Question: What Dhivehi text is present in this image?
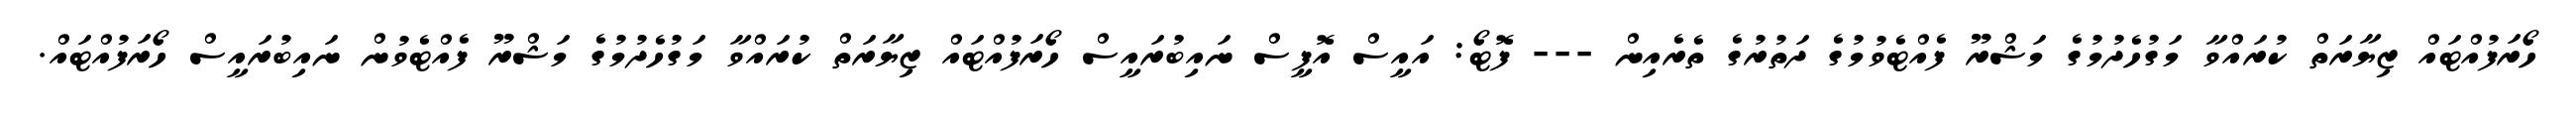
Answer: ހޯރަފުއްޓައް ޒިޔާރަތް ކުރައްވާ މަގުހެދުމުގެ މަޝްރޫ ފެއްޓެވުމުގެ ދަތުރުގެ ތެރެއިން --- ފޮޓޯ: އައީސް އޮފީސް ނައިބުރައީސް ހޯރަފުއްޓައް ޒިޔާރަތް ކުރައްވާ މަގުހެދުމުގެ މަޝްރޫ ފެއްޓެވުން ނައިބުރައީސް ހޯރަފުއްޓައް.